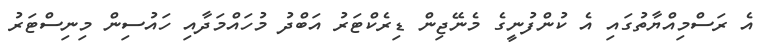
އެ ރަސްމިއްޔާތުގައި އެ ކުންފުނީގެ މެނޭޖިން ޑިރެކްޓަރު އަބްދު މުހައްމަދާއި ހައުސިން މިނިސްޓަރު